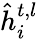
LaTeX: \hat{h}_{i}^{t,l}